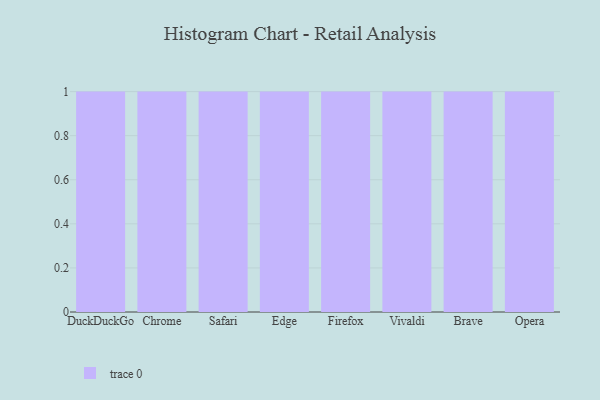
{"axis": {"x": "Browser", "y": "Customer Acquisition Cost (USD)"}, "legend": [""], "data": [{"x": "DuckDuckGo", "y": 32, "type": ""}, {"x": "Chrome", "y": 4, "type": ""}, {"x": "Safari", "y": 25, "type": ""}, {"x": "Edge", "y": 46, "type": ""}, {"x": "Firefox", "y": 41, "type": ""}, {"x": "Vivaldi", "y": 54, "type": ""}, {"x": "Brave", "y": 100, "type": ""}, {"x": "Opera", "y": 97, "type": ""}]}